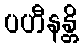
ပဟီနန္တိ